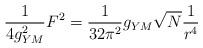
LaTeX: \begin{align*}\frac{1}{4g_{YM}^{2}}F^{2}=\frac{1}{32\pi ^{2}}g_{YM}\sqrt{N}\frac{1}{r^{4}}\end{align*}